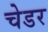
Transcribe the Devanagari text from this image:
चेडर